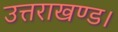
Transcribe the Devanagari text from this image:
उत्तराखण्ड।